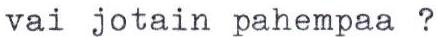
vai jotain pahempaa ?